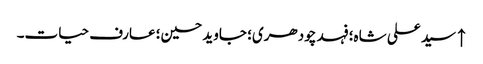
↑ سید علی شاہ؛ فہد چودھری؛ جاوید حسین؛ عارف حیات۔